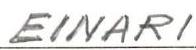
EINARI